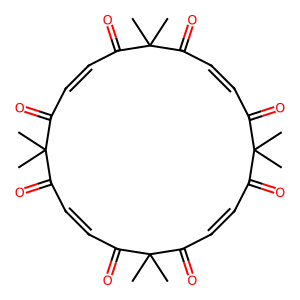
SMILES: CC1(C)C(=O)C=CC(=O)C(C)(C)C(=O)C=CC(=O)C(C)(C)C(=O)C=CC(=O)C(C)(C)C(=O)C=CC1=O
Inhibits HIV replication: No